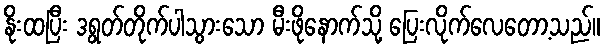
နိုးထပြီး ဒရွတ်တိုက်ပါသွားသော မီးဖိုနောက်သို့ ပြေးလိုက်လေတော့သည်။